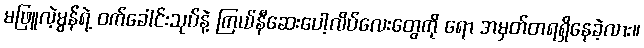
မဖြူလဲ့မွန်ရဲ့ ဝက်ခေါင်းသုပ်နဲ့ ကြယ်နီဆေးပေါ့လိပ်လေးတွေကို ရော အမှတ်တရရှိနေခဲ့လား။